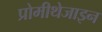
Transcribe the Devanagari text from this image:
प्रोमीथेजाइन